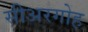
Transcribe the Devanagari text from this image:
सीअरगोह